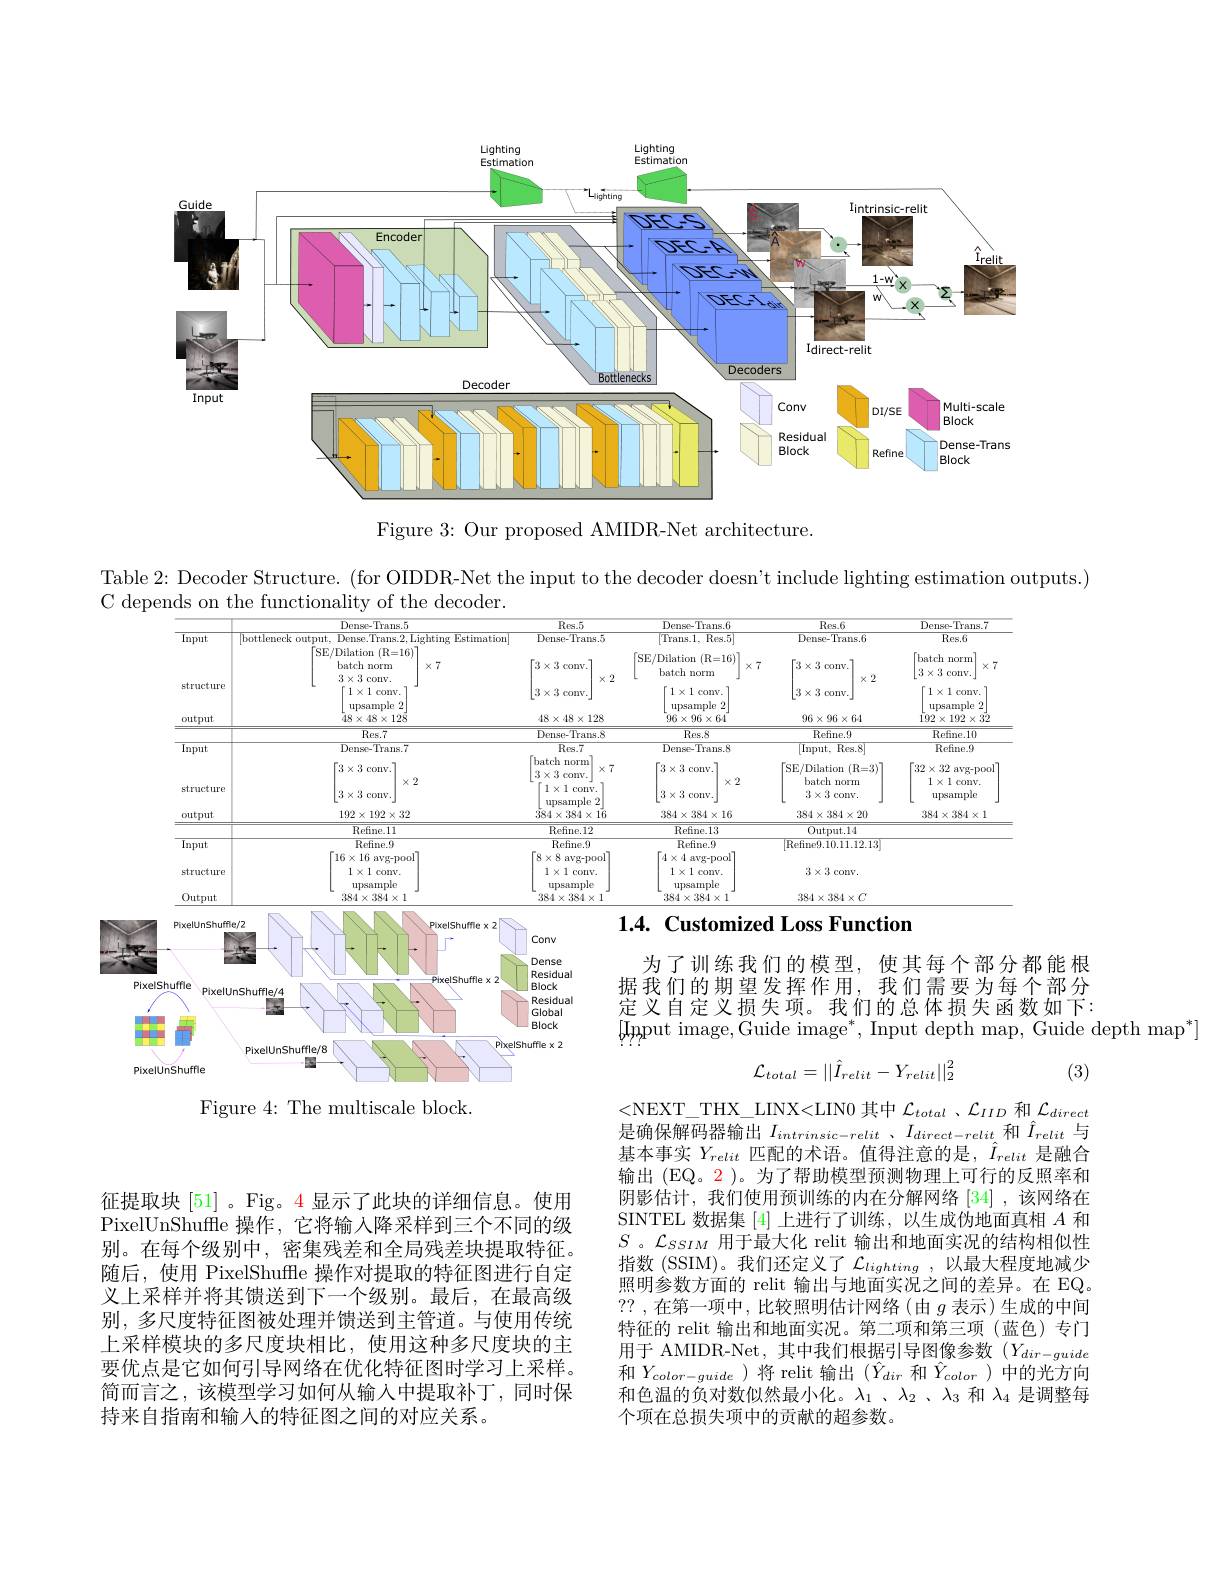
<FigureHere>

Figure 3: Our proposed AMIDR-Net architecture.

Table 2: Decoder Structure. (for OIDDR-Net the input to the decoder doesn't include lighting estimation outputs.)
C depends on the functionality of the decoder.

<table>
	<tbody>
		<tr>
			<th> </th>
			<th>Dense- Trans. 5</th>
			<th>5</th>
			<th>$\overline{\text{Res}.5}$</th>
			<th>Dense- Trans. 6</th>
			<th> </th>
			<th>$\overline{\text{Res.6}}$</th>
			<th>Dense-Trans.7</th>
		</tr>
		<tr>
			<td>$\overline{\text{Input}}$</td>
			<td>|bottleneck output, Dense.Trans.2.Lig</td>
			<td> Lighting $\mathbf{E}_{\mathrm{stimation}}$</td>
			<td>Dense-Trans.5</td>
			<td>Trans.1, Res.5</td>
			<td> </td>
			<td>Dense-Trans.6</td>
			<td>$Res.6$</td>
		</tr>
		<tr>
			<td> </td>
			<td>TSE/ Dilation ( R= 16) batch norm $2y^{\circ}2$</td>
			<td>6)7 $\times7$</td>
			<td>$\Gamma3\times3$ conv.</td>
			<td>$\operatorname{SE/Dilation}$ $(\mathbf{R}=16)$ $\frac{1}{2}$ batch $\textbf{norm}$ 1</td>
			<td>17 $\times7$</td>
			<td>$3\times3$ conv.</td>
			<td>$\Gamma$batch norm $3\times3$ conv</td>
		</tr>
		<tr>
			<td>structure output</td>
			<td>$1\times1$ conv. $\texttt{upsample 2}$ $48\times48\times12\ddot{8}$</td>
			<td> </td>
			<td>$3\times3$ conv. $48\times48\times128$</td>
			<td>$1\times1$ conv. upsample $\underline{2}$ $96\times96\times64$</td>
			<td> </td>
			<td>$3\times3$ oonv. $96\times96\times64$</td>
			<td>$1\times1$ conv upsample $192\times192\times32$</td>
		</tr>
		<tr>
			<td> </td>
			<td>$\overline{R_{\mathrm{PS}}7}$</td>
			<td> </td>
			<td> </td>
			<td>$R_{\mathrm{PS}}8$</td>
			<td> </td>
			<td>$\mathrm{Refine~}_{0}$</td>
			<td>Refine 10</td>
		</tr>
		<tr>
			<td rowspan="1">$\overline{\text{Input}}$</td>
			<td>$\overline{\text{DenseTrans }7}$</td>
			<td> </td>
			<td>1 Res $\therefore7$ T</td>
			<td>T</td>
			<td> </td>
			<td>$Re$</td>
			<td>Refine</td>
		</tr>
		<tr>
			<td>structure</td>
			<td>$\times2$ $3\times3$ conv.</td>
			<td>$\times2$</td>
			<td>conv X 1 $x$ $\because1$ conv. upsample 2</td>
			<td>$\times2$ $3\times3$ conv.</td>
			<td>2</td>
			<td>batch norm $3\times3$ Conv.</td>
			<td>$1\times1$ conv. upsample</td>
		</tr>
		<tr>
			<td>output</td>
			<td>$192\times192\times32$</td>
			<td>:2</td>
			<td>$384\times384\times16$</td>
			<td>$384\times384\times16$</td>
			<td> </td>
			<td>$384\times384\times20$</td>
			<td>$384\times384\times1$</td>
		</tr>
		<tr>
			<td> </td>
			<td>$\overline{\text{Refine.11}}$</td>
			<td> </td>
			<td>Refne. 12</td>
			<td>Refine. 13</td>
			<td> </td>
			<td>0utput.14</td>
			<td> </td>
		</tr>
		<tr>
			<td>Input</td>
			<td>Refine.9</td>
			<td rowspan="1">Retine.9 $\left\lceil16\times16\text{ avg-pool}\right\rceil$</td>
			<td>Refine.9</td>
			<td>Refine.9</td>
			<td> </td>
			<td>|Refine9.10.11.12.13</td>
			<td> </td>
		</tr>
		<tr>
			<td>structure</td>
			<td>0avg- p $1\times1$ conv. $21_{4}$</td>
			<td>$HUI$</td>
			<td>4 $211V$</td>
			<td>1 avg-pu $1\times1$ conv. .1.</td>
			<td> </td>
			<td>$3\times3$ conv.</td>
			<td> </td>
		</tr>
		<tr>
			<td>0utput</td>
			<td>$384\times384\times1$</td>
			<td> </td>
			<td>$384\times384\times1$</td>
			<td>$384\times384\times1$</td>
			<td> </td>
			<td>$384\times384\times C$</td>
			<td> </td>
		</tr>
	</tbody>
</table>
1.4. Customized Loss Function

<FigureHere>

为了训练我们的模型，使其每个部分都能根据我们的期望发挥作用，我们需要为每个部分定义自定义损失项。我们的总体损失函数如下： [Input image, Guide image$^*$, Input depth map, Guide depth map$^*]$
$$\mathcal{L}_{total}=||\hat{I}_{relit}-Y_{relit}||_{2}^{2}$$
(3)

Figure 4: The multiscale block.

<NEXT\_THX\_LINX<LIN0 其中$\mathcal{L}_total$ 、$\mathcal{L}_{IID}$和$\mathcal{L}_direct$ $\overline {\text{是 确 保 解 码 器 输 出 }I_{intrinsic- relit}}$ $、 I_{direct- relit}$和$\hat{I}_{relit}$与基本事实$Y_{relit}$匹配的术语。值得注意的是，$\tilde{I}_{relit}$是融合输出 (EQ。2)。为了帮助模型预测物理上可行的反照率和阴影估计，我们使用预训练的内在分解网络[34] ,该网络在SINTEL 数据集[4]上进行了训练，以生成伪地面真相$A$和$S$ 。$\mathcal{L}_{SSIM}$用于最大化 relit 输出和地面实况的结构相似性指数 (SSIM)。我们还定义了$\mathcal{L}_lighting$,以最大程度地减少照明参数方面的 relit 输出与地面实况之间的差异。在 EQ。??,在第一项中，比较照明估计网络(由$g$ 表示)生成的中间特征的 relit 输出和地面实况。第二项和第三项(蓝色)专门用于 AMIDR-Net,其中我们根据引导图像参数(Y) 和$Y_{color-guide}$)将 relit 输出$(\hat{Y}_{dir}$ 和 $\hat{Y}_{color}$)中的光方向和色温的负对数似然最小化。$\lambda_1$ 、$\lambda_2$ 、$\lambda_3$和$\lambda_4$是调整每个项在总损失项中的贡献的超参数。

征提取块[51] 。Fig。4 显示了此块的详细信息。使用PixelUnShuffle 操作，它将输入降采样到三个不同的级别。在每个级别中，密集残差和全局残差块提取特征。随后，使用 PixelShuffle 操作对提取的特征图进行自定义上采样并将其馈送到下一个级别。最后，在最高级别，多尺度特征图被处理并馈送到主管道。与使用传统上采样模块的多尺度块相比，使用这种多尺度块的主要优点是它如何引导网络在优化特征图时学习上采样。简而言之，该模型学习如何从输入中提取补丁，同时保持来自指南和输入的特征图之间的对应关系。